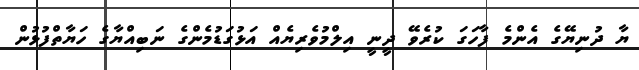
ޔާ ދުނިޔޭގެ އެންމެ ފާހަގަ ކުރެވޭ ދީނީ އިލްމުވެރިޔެއް އަޅުގަޑުމެންގެ ނަބިއްޔާގެ ހަޔާތްފުޅުން